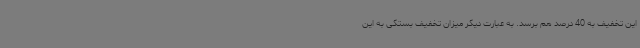
این تخفیف به 40 درصد هم برسد. به عبارت دیگر میزان تخفیف بستگی به این